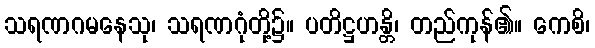
သရဏဂမနေသု၊ သရဏဂုံတို့၌။ ပတိဋ္ဌဟန္တိ၊ တည်ကုန်၏။ ကေစိ၊